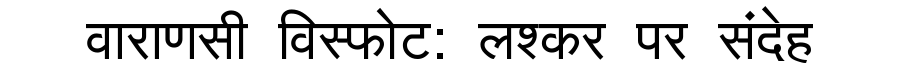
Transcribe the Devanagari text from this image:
वाराणसी विस्फोट: लश्कर पर संदेह